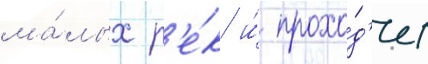
ма́лых р'е́к и́ прохо́д'ит